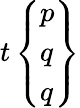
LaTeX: t\left\{ {\begin{array}{l}{p}\\ {q}\\ {q}\end{array}}\right\}